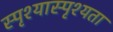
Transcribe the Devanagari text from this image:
स्पृश्यास्पृश्यता